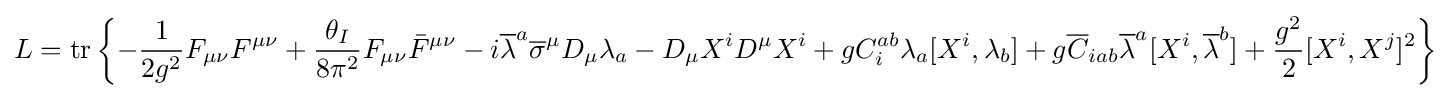
L=\operatorname {tr} \left\{-{\frac {1}{2g^{2}}}F_{\mu \nu }F^{\mu \nu }+{\frac {\theta _{I}}{8\pi ^{2}}}F_{\mu \nu }{\bar {F}}^{\mu \nu }-i{\overline {\lambda }}^{a}{\overline {\sigma }}^{\mu }D_{\mu }\lambda _{a}-D_{\mu }X^{i}D^{\mu }X^{i}+gC_{i}^{ab}\lambda _{a}[X^{i},\lambda _{b}]+g{\overline {C}}_{iab}{\overline {\lambda }}^{a}[X^{i},{\overline {\lambda }}^{b}]+{\frac {g^{2}}{2}}[X^{i},X^{j}]^{2}\right\}